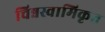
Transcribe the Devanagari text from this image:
चिन्नस्वामिकृत